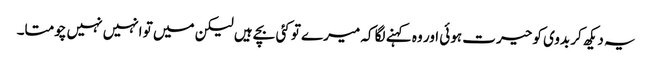
یہ دیکھ کر بدوی کو حیرت ہوئی اور وہ کہنے لگا کہ میرے تو کئی بچے ہیں لیکن میں تو انہیں نہیں چومتا۔